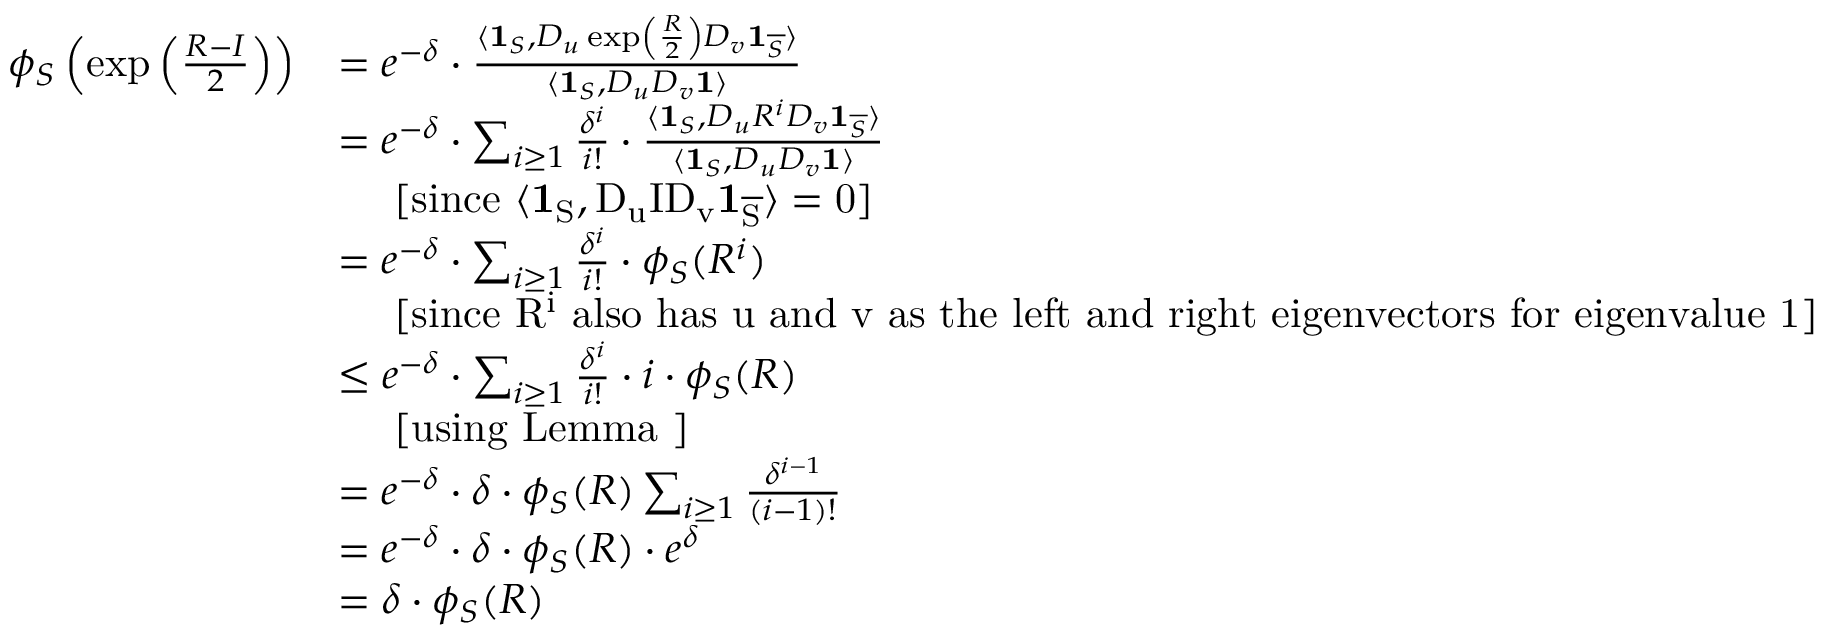
\begin{array} { r l } { \phi _ { S } \left( \exp \left( \frac { R - I } { 2 } \right) \right) } & { = e ^ { - \delta } \cdot \frac { \langle \mathbf { 1 } _ { S } , D _ { u } \exp \left( \frac { R } { 2 } \right) D _ { v } \mathbf { 1 } _ { \overline { { S } } } \rangle } { \langle \mathbf { 1 } _ { S } , D _ { u } D _ { v } \mathbf { 1 } \rangle } } \\ & { = e ^ { - \delta } \cdot \sum _ { i \geq 1 } \frac { \delta ^ { i } } { i ! } \cdot \frac { \langle \mathbf { 1 } _ { S } , D _ { u } R ^ { i } D _ { v } \mathbf { 1 } _ { \overline { { S } } } \rangle } { \langle \mathbf { 1 } _ { S } , D _ { u } D _ { v } \mathbf { 1 } \rangle } } \\ & { \ \ \ \ \mathrm { [ s i n c e ~ \ensuremath { \langle \mathbf { 1 } _ { S } , D _ { u } I D _ { v } \mathbf { 1 } _ { \overline { { S } } } \rangle = 0 } ] } } \\ & { = e ^ { - \delta } \cdot \sum _ { i \geq 1 } \frac { \delta ^ { i } } { i ! } \cdot \phi _ { S } ( R ^ { i } ) } \\ & { \ \ \ \ \mathrm { [ s i n c e ~ \ensuremath { R ^ { i } } ~ a l s o ~ h a s ~ \ensuremath { u } ~ a n d ~ \ensuremath { v } ~ a s ~ t h e ~ l e f t ~ a n d ~ r i g h t ~ e i g e n v e c t o r s ~ f o r ~ e i g e n v a l u e ~ 1 ] } } \\ & { \leq e ^ { - \delta } \cdot \sum _ { i \geq 1 } \frac { \delta ^ { i } } { i ! } \cdot i \cdot \phi _ { S } ( R ) } \\ & { \ \ \ \ \mathrm { [ u s i n g ~ L e m m a ~ ] } } \\ & { = e ^ { - \delta } \cdot \delta \cdot \phi _ { S } ( R ) \sum _ { i \geq 1 } \frac { \delta ^ { i - 1 } } { ( i - 1 ) ! } } \\ & { = e ^ { - \delta } \cdot \delta \cdot \phi _ { S } ( R ) \cdot e ^ { \delta } } \\ & { = \delta \cdot \phi _ { S } ( R ) } \end{array}